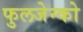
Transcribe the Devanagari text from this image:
फुलजेन्को